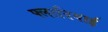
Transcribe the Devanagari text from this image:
फ्लावियाई